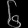
Digit: ၆